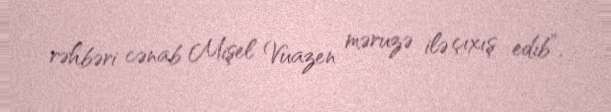
rəhbəri cənab Mişel Vuazen məruzə ilə çıxış edib”.